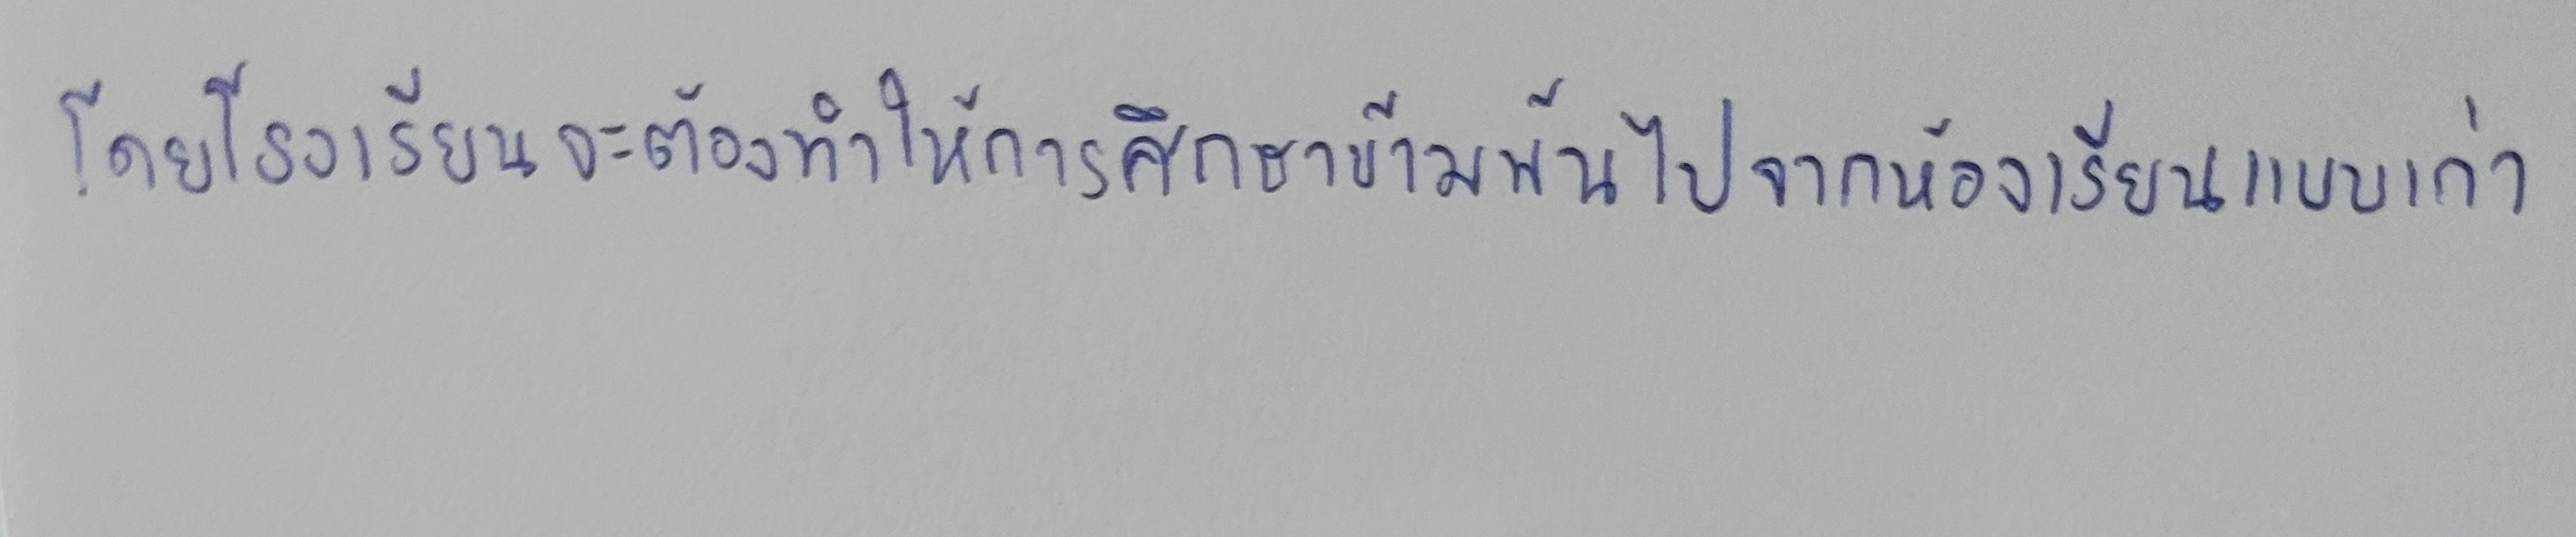
โดยโรงเรียนจะต้องทำให้การศึกษาข้ามพ้นไปจากห้องเรียนแบบเก่า